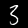
Label: 3